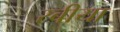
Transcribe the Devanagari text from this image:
रबीया